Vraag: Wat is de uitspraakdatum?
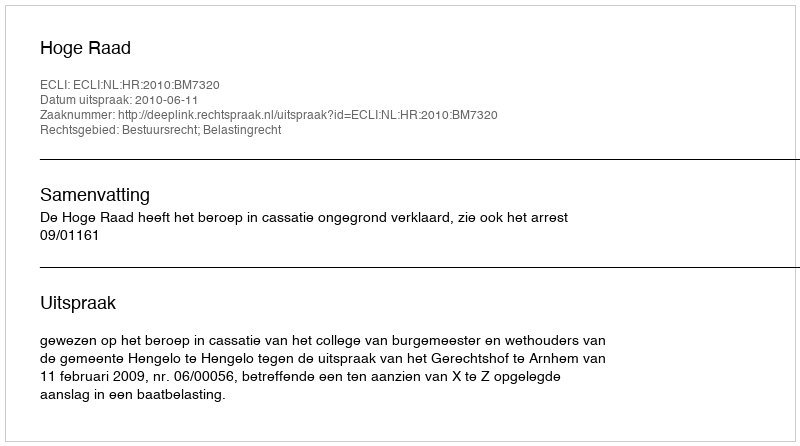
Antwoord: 2010-06-11